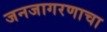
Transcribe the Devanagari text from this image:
जनजागरणाचा